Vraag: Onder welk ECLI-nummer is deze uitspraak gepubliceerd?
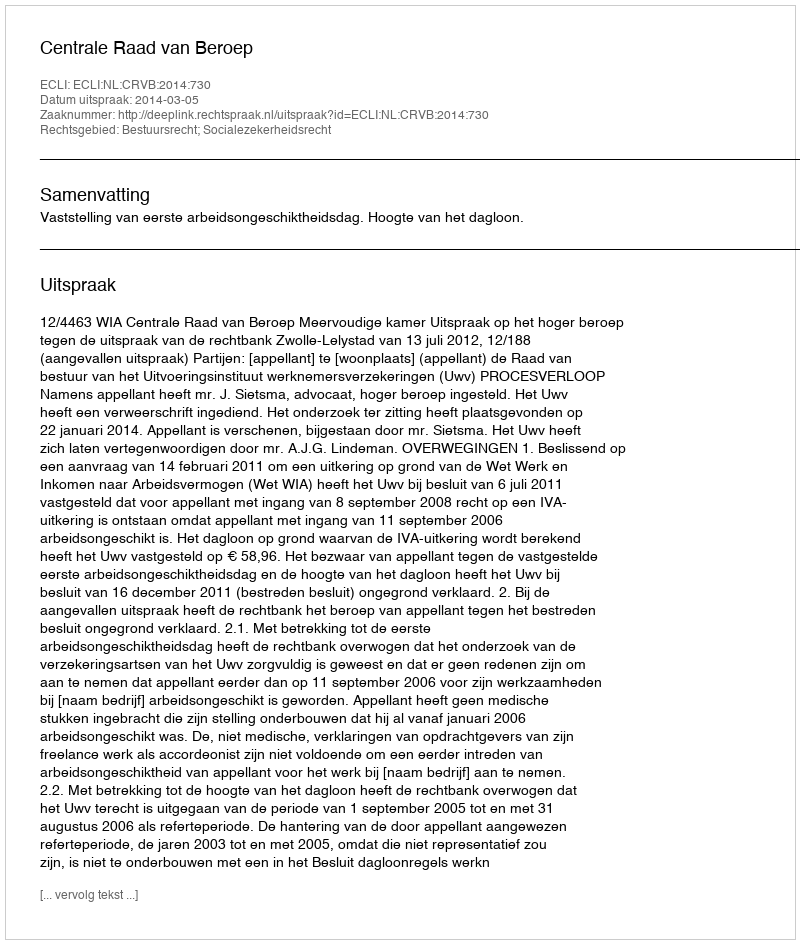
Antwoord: ECLI:NL:CRVB:2014:730